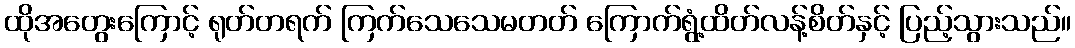
ထိုအတွေးကြောင့် ရုတ်တရက် ကြက်သေသေမတတ် ကြောက်ရွံ့ထိတ်လန့်စိတ်နှင့် ပြည့်သွားသည်။